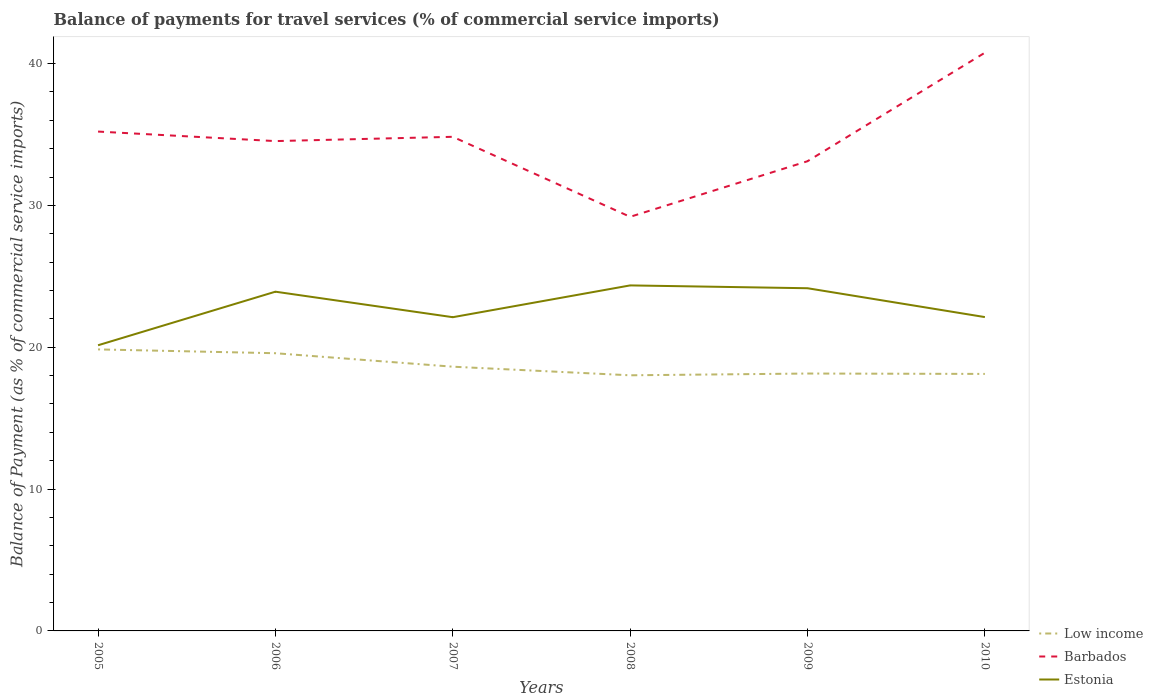
| Years | Low income | Barbados | Estonia |
 | --- | --- | --- | --- |
 | 2005 | 19.8 | 35.2 | 20.1 |
 | 2006 | 19.6 | 34.5 | 23.9 |
 | 2007 | 18.6 | 34.8 | 22.1 |
 | 2008 | 18 | 29.2 | 24.4 |
 | 2009 | 18.1 | 33.1 | 24.2 |
 | 2010 | 18.1 | 40.8 | 22.1 |